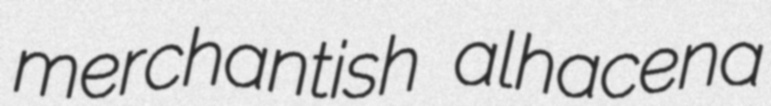
merchantish alhacena